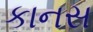
કાનસ